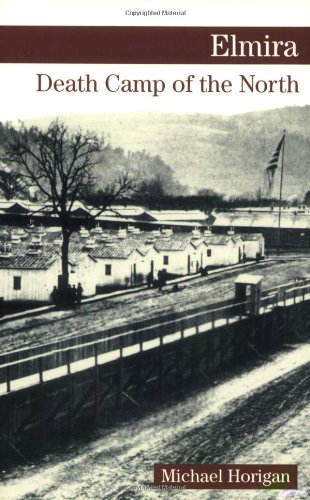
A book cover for Elmira: Death Camp of the North; Michael Horigan; History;